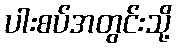
ပါးစပ်အတွင်းသို့